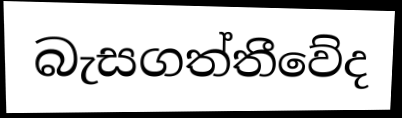
බැසගත්තීවේද